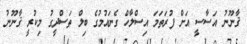
ޤާނޫނު އަސާސީ އަށް ފުރަތަމަ އިސްލާހް ގެނައުމުގެ ބިލް ތަސްދީގު މިކުރީ ޤާނޫނު